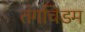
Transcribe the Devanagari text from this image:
तंगचिडम